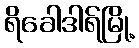
ရိခေါဒါရ်မြို့